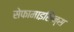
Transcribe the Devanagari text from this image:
सेफामाइसिन्स